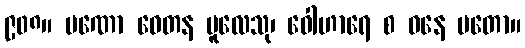
၉၀၈။ ပဏော ဝေတန မူလေသု၊ ဝေါဟာရေ စ ဓနေ မတော။